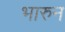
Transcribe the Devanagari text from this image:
भारुन